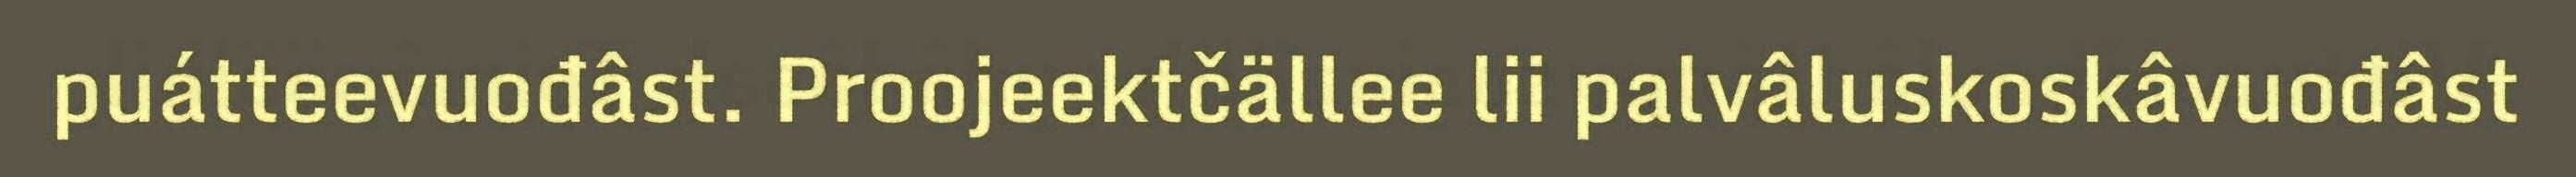
puátteevuođâst. Proojeektčällee lii palvâluskoskâvuođâst